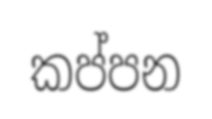
කප්පන